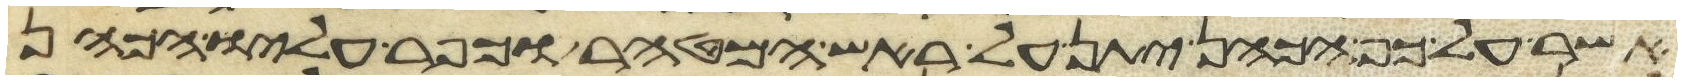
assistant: אשר על כף הכהן יתן על ראש המטהר וכפר עליו הכהן